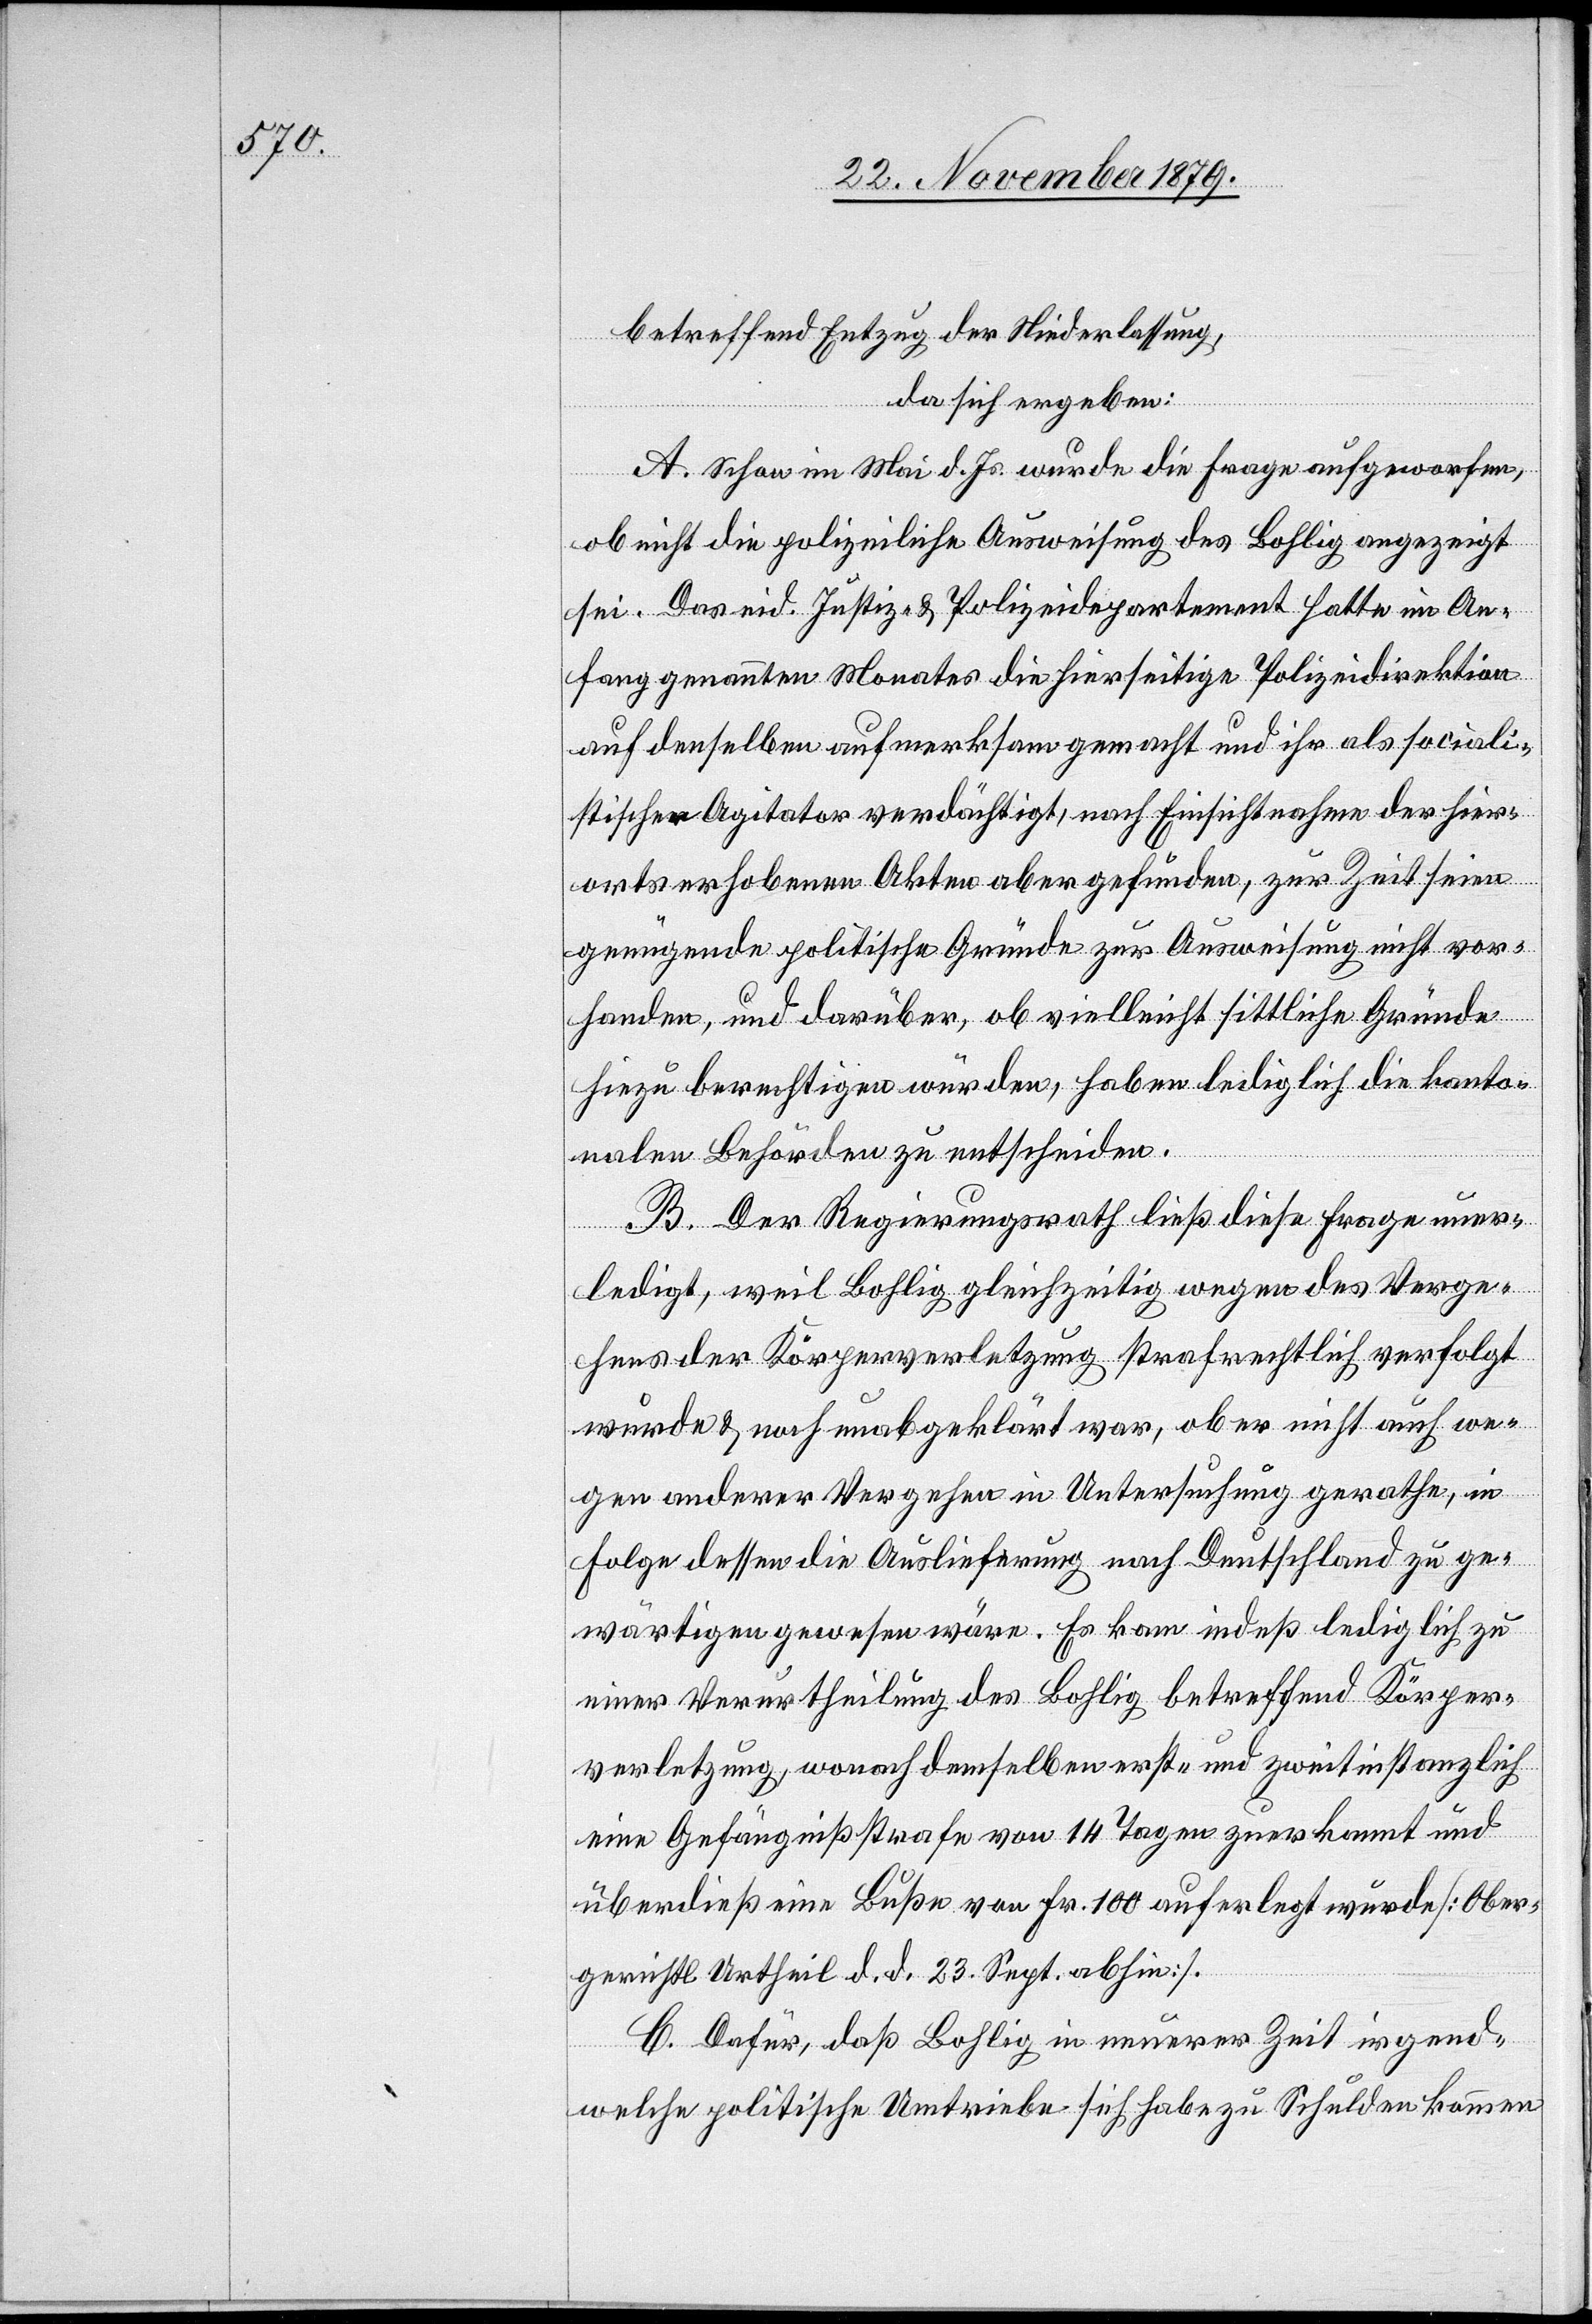
betreffend Entzug der Niederlassung,
da sich ergeben:
A. Schon im Mai d. Js wurde die Frage aufgeworfen,
ob nicht die polizeiliche Ausweisung des Bohlig angezeigt
sei. Das eid. Justiz- & Polizeidepartement hatte im An¬
fang genannten Monates die hierseitige Polizeidirektion
auf denselben aufmerksam gemacht und ihn als sociali¬
stischen Agitator verdächtigt, nach Einsichtnahme der hier¬
orts erhobenen Akten aber gefunden, zur Zeit seien
genügende politische Gründe zur Ausweisung nicht vor¬
handen und darüber, ob vielleicht sittliche Gründe
hiezu berechtigen würden, haben lediglich die kanto¬
nalen Behörden zu entscheiden.
B. Der Regierungsrath ließ diese Frage uner¬
ledigt, weil Bohlig gleichzeitig wegen des Verge¬
hens der Körperverletzung strafrechtlich verfolgt
wurde & noch unabgeklärt war, ob er nicht auch we¬
gen anderer Vergehen in Untersuchung gerathe, in
Folge dessen die Auslieferung nach Deutschland zu ge¬
wärtigen gewesen wäre. Es kam indeß lediglich zu
einer Verurtheilung des Bohlig betreffend Körper¬
verletzung, wonach demselben erst- und zweitinstanzlich
eine Gefängnißstrafe von 14 Tagen zuerkannt und
überdieß eine Buße von Fr. 100 auferlegt wurde [Ober¬
gericht Urtheil d. d. 23 Sept. abhin].
C. Dafür, daß Bohlig in neuerer Zeit irgend
welche politische Umtriebe sich habe zu Schulden kommen